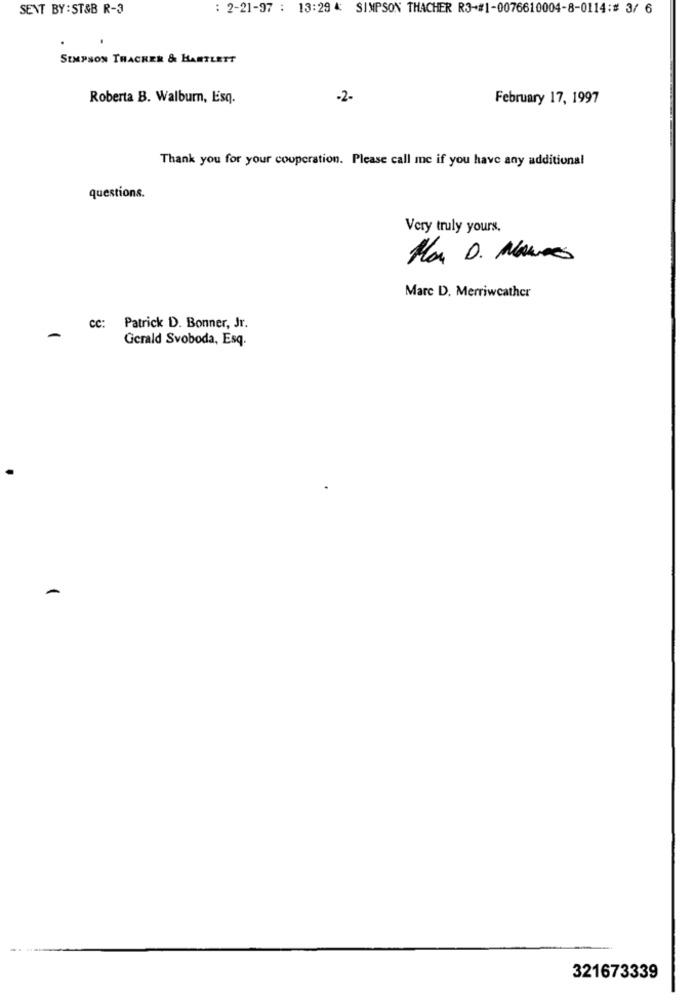
SENT BY : ST&B R-3
: 2-21-97 : 13:29 4: SIMPSON THACHER R3-#1-0076610004-8-0114:# 3/ 6
SIMPSON THACKER & HANTLETT
Roberta B. Walburn, Esq.
-2-
February 17, 1997
Thank you for your cooperation. Please call me if you have any additional
questions.
Very truly yours.
Mon D. Maures
Marc D. Merriweather
cc:
Patrick D. Bonner, Jr.
-
Gerald Svoboda, Esq.
-
321673339